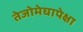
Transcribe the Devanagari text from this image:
तेजोमेघापेक्षा